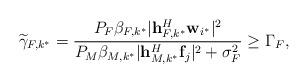
LaTeX: \begin{align*} \widetilde{\gamma}_{F,k^*}=\frac{P_F \beta_{F,k^*} |{\bf h}_{F,k^*}^H {\bf w}_{i^*}|^2}{P_M \beta_{M,k^*}|{\bf h}_{M,k^*}^H {\bf f}_{j}|^2+\sigma_F^2}\geq \Gamma_F, \end{align*}